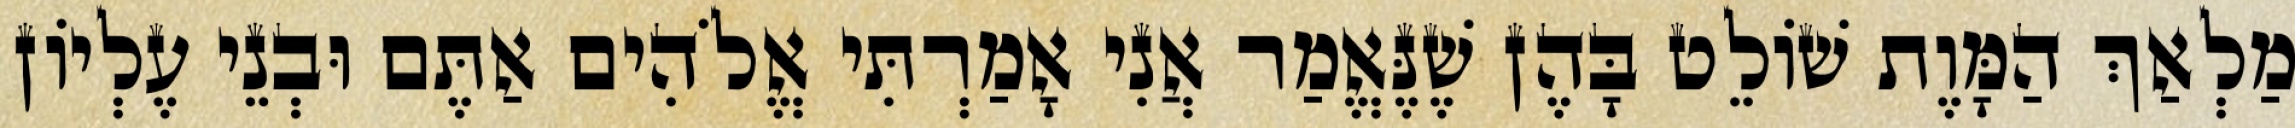
מַלְאַךְ הַמָּוֶת שׁוֹלֵט בָּהֶן שֶׁנֶּאֱמַר אֲנִי אָמַרְתִּי אֱלֹהִים אַתֶּם וּבְנֵי עֶלְיוֹן